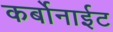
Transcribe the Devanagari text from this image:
कर्बोनाईट